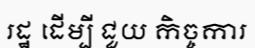
រដ្ឋ ដើម្បី ជួយ កិច្ចការ